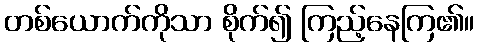
တစ်ယောက်ကိုသာ စိုက်၍ ကြည့်နေကြ၏။